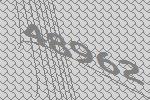
48962